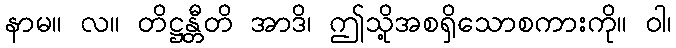
နာမ။ လ။ တိဋ္ဌန္တီတိ အာဒိ၊ ဤသို့အစရှိသောစကားကို။ ဝါ၊